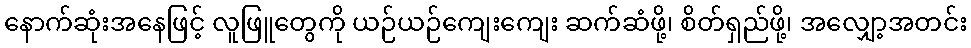
နောက်ဆုံးအနေဖြင့် လူဖြူတွေကို ယဉ်ယဉ်ကျေးကျေး ဆက်ဆံဖို့၊ စိတ်ရှည်ဖို့၊ အလျှော့အတင်း